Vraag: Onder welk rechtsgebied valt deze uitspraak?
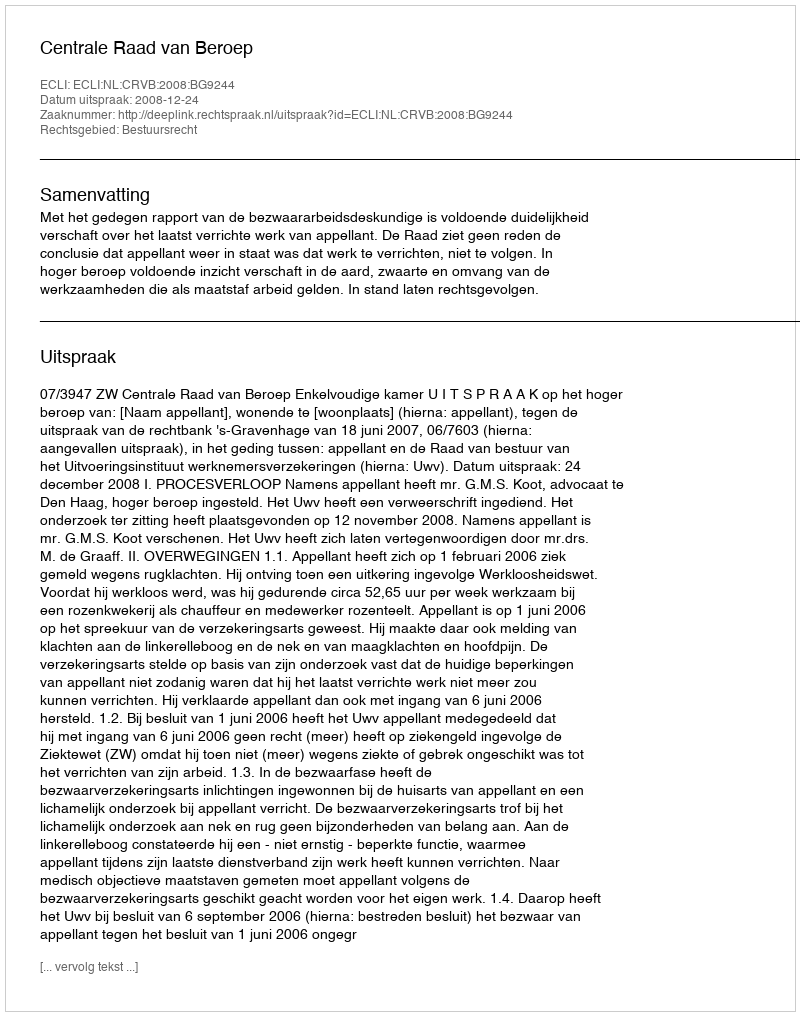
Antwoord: Bestuursrecht